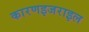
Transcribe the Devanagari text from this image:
कारणइजराइल